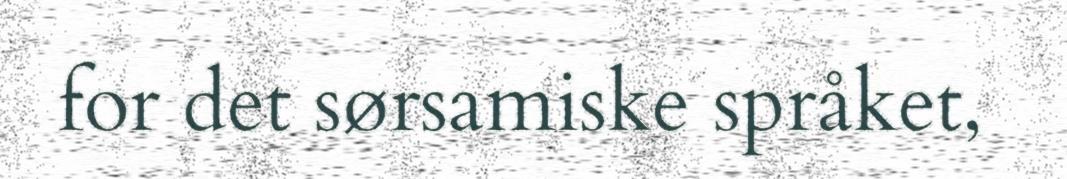
for det sørsamiske språket,